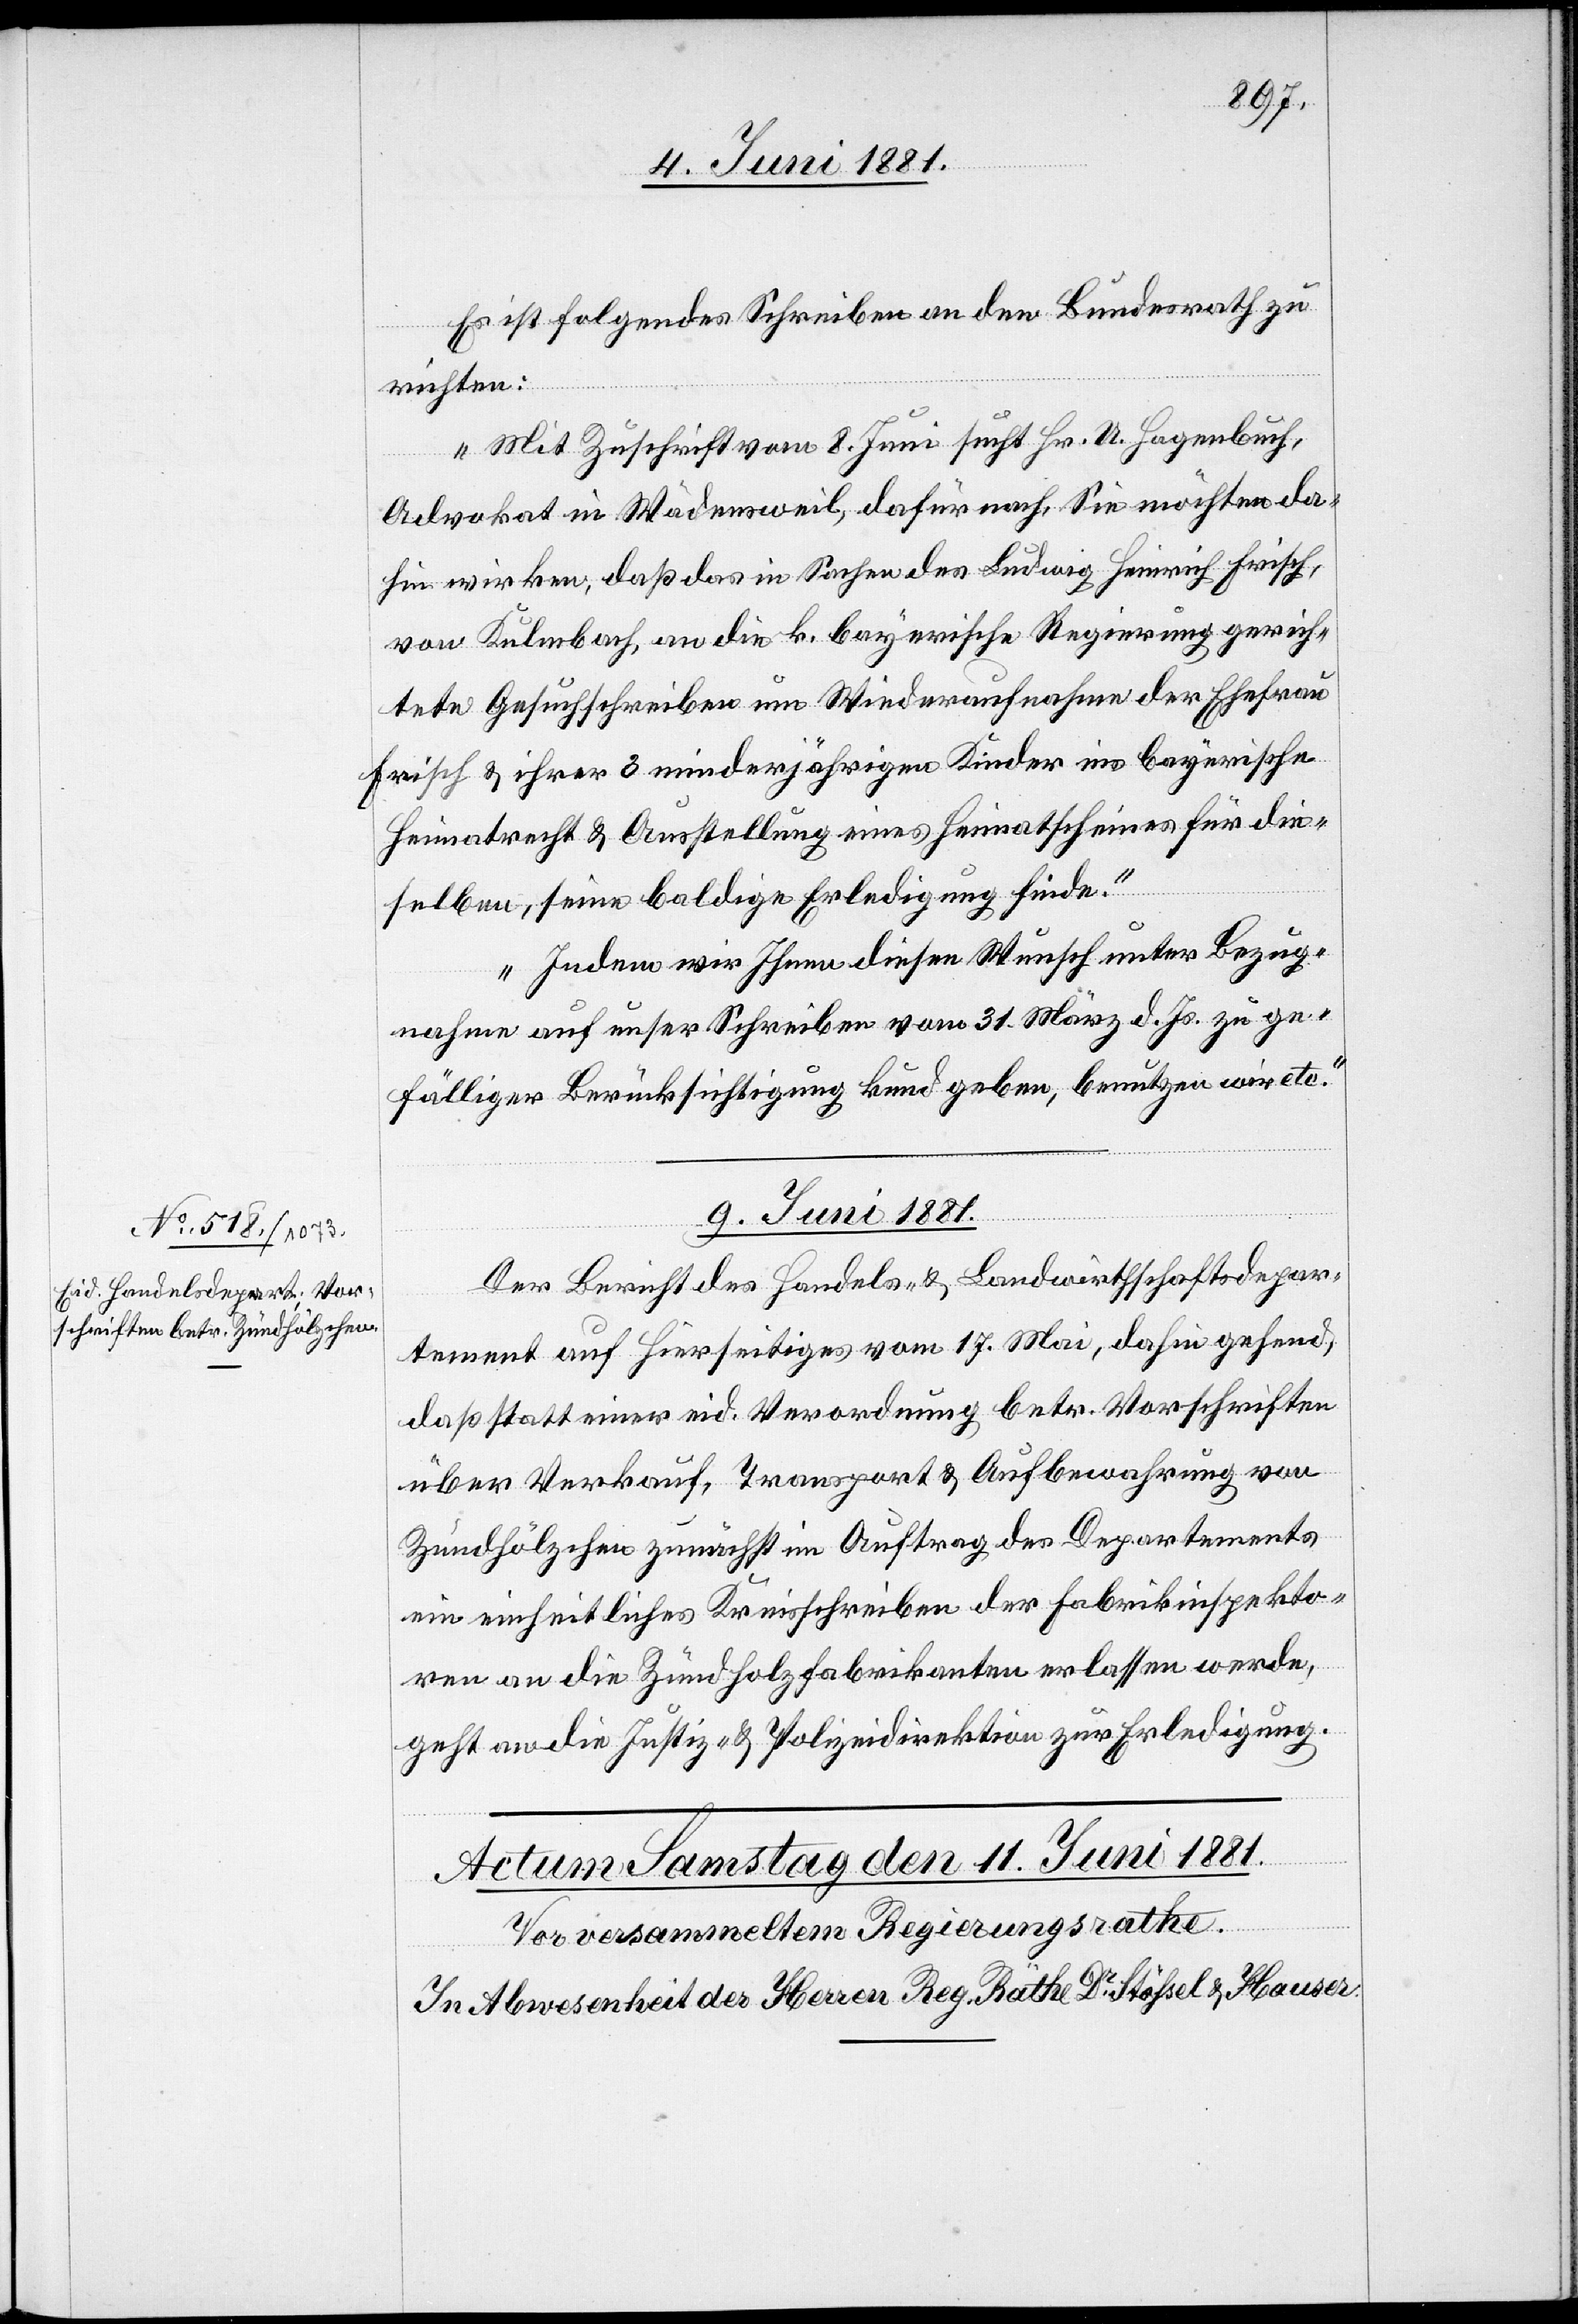
Es ist folgendes Schreiben an den Bundesrath zu
richten:
„Mit Zuschrift vom 8. Juni sucht Hr. U. Hagenbuch,
Advokat in Wädensweil, dafür nach, Sie möchten da¬
hin wirken, daß das in Sachen des Ludwig Heinrich Frisch,
von Kulmbach, an die k. bayerische Regierung gerich¬
tete Gesuchschreiben um Wiederaufnahme der Ehefrau
Frisch & ihrer 3 minderjährigen Kinder ins bayerische
Heimatrecht & Ausstellung eines Heimatscheines für die¬
selben, seine baldige Erledigung finde.
Indem wir Ihnen diesen Wunsch unter Bezug¬
nahme auf unser Schreiben vom 31. März d. Js. zu ge¬
fälliger Berücksichtigung kundgeben, benutzen wir etc.“
9. Juni 1881
Der Bericht des Handels- & Landwirthschaftsdepar¬
tement auf hierseitiges vom 17. Mai, dahin gehend,
daß statt einer eid. Verordnung betr. Vorschriften
über Verkauf, Transport & Aufbewahrung von
Zündhölzchen zunächst im Auftrag des Departements
ein einheitliches Kreisschreiben der Fabrikinspekto¬
ren an die Zündholzfabrikanten erlassen werde,
geht an die Justiz- & Polizeidirektion zur Erledigung.